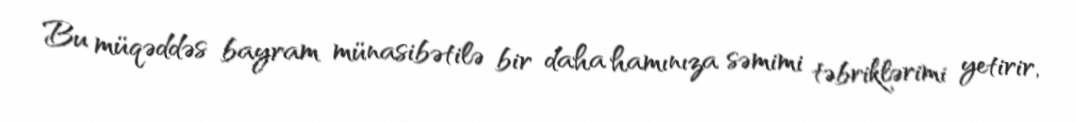
Bu müqəddəs bayram münasibətilə bir daha hamınıza səmimi təbriklərimi yetirir,